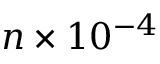
n \times 1 0 ^ { - 4 }